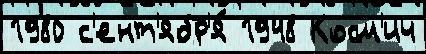
1980 с'ент'ябр'я́ 1948 Косм'ич